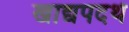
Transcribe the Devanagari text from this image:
खाद्यपदर्थ